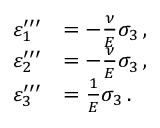
{ \begin{array} { r l } { \varepsilon _ { 1 } ^ { \prime \prime \prime } } & { = - { \frac { \nu } { E } } \sigma _ { 3 } \, , } \\ { \varepsilon _ { 2 } ^ { \prime \prime \prime } } & { = - { \frac { \nu } { E } } \sigma _ { 3 } \, , } \\ { \varepsilon _ { 3 } ^ { \prime \prime \prime } } & { = { \frac { 1 } { E } } \sigma _ { 3 } \, . } \end{array} }